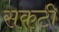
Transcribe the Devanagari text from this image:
सकटी